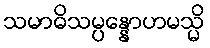
သမာဓိသမ္ပန္နောဟမသ္မိ